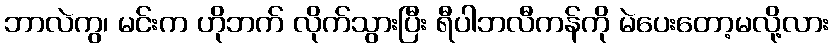
ဘာလဲကွ၊ မင်းက ဟိုဘက် လိုက်သွားပြီး ရီပါဘလီကန်ကို မဲပေးတော့မလို့လား